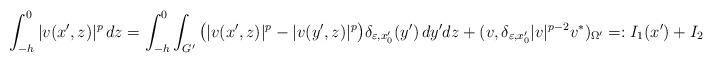
LaTeX: \begin{align*} \int_{-h}^0 |v(x', z)|^p \, dz = \int_{-h}^0\int_{G'}\big( |v(x', z)|^p - |v(y', z)|^p \big) \delta_{\varepsilon,x'_0}(y') \, dy'dz+ (v, \delta_{\varepsilon, x_0'}|v|^{p-2}v^*)_{\Omega'} =: I_1(x') + I_2,\end{align*}